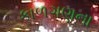
કાળગણના